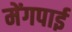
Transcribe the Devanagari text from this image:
मेंगपाई